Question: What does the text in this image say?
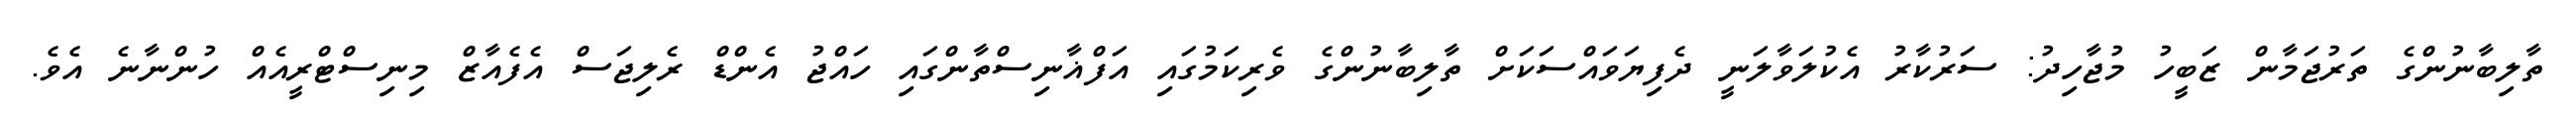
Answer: ތާލިބާނުންގެ ތަރުޖަމާން ޒަބީހު މުޖާހިދު: ސަރުކާރު އެކުލަވާލަނީ ދެފިޔަވައްސަކަށް ތާލިބާނުންގެ ވެރިކަމުގައި އަފްޣާނިސްތާންގައި ހައްޖު އެންޑް ރެލިޖަސް އެފެއާޒް މިނިސްޓްރީއެއް ހުންނާނެ އެވެ.